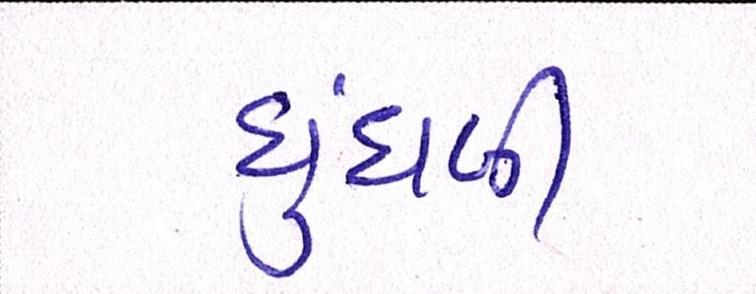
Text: ધુંધળી